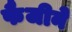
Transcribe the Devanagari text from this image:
फैजीने